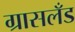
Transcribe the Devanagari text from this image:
ग्रासलँड